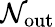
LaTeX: {\mathcal{N}}_{\mathrm{out}}